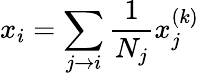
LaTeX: x_{i}=\sum_{j\rightarrow i}{\frac{1}{N_{j}}}x_{j}^{(k)}